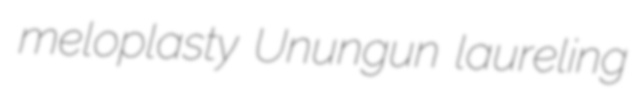
meloplasty Unungun laureling